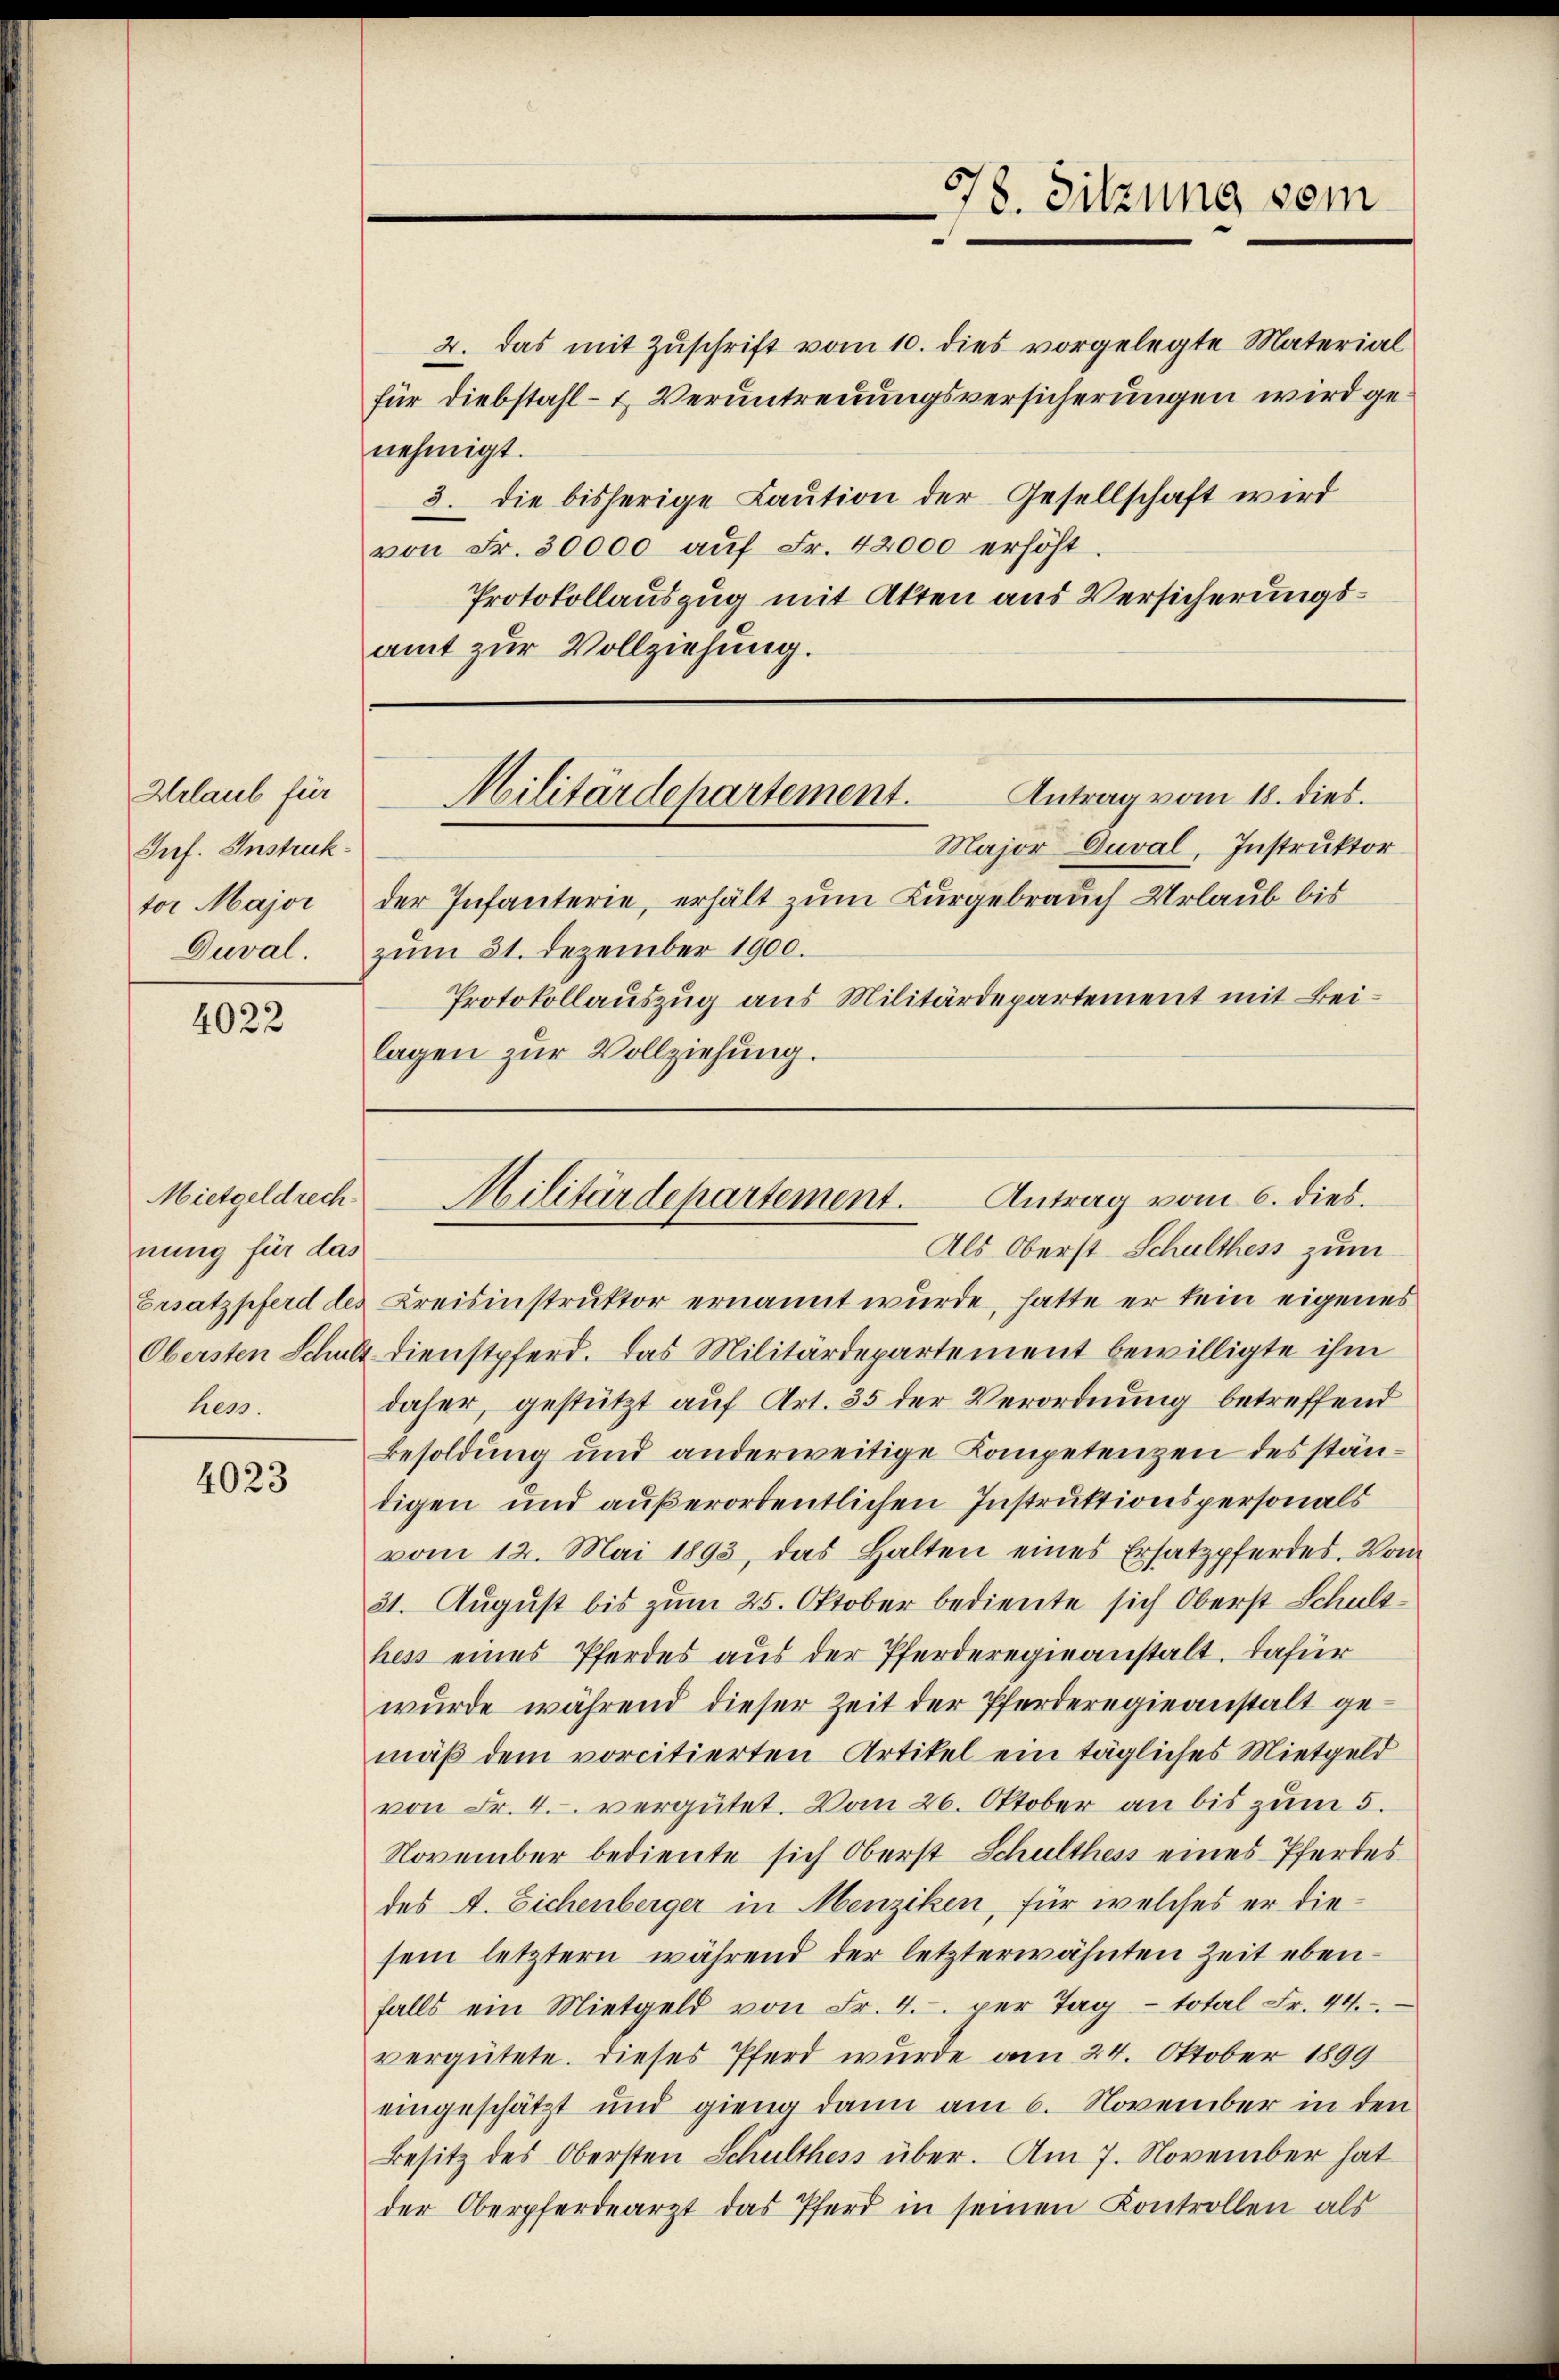
Urlaub für
Inf. Instruktor Major
Duval.

4022

Mietgeldrech
nung für das
hen.

4023

2. das mit Zŭschrift vom 10. dies vorgelegte Material
für diebstahl- & Verantreuungsversicherungen wird genehmigt.
3. die bisherige Laution der Gesellschaft wird
von Fr. 30000 aŭf Fr. 42000 erhöht.
Protokollauszug mit Atten aus Versicherungsamt zur Vollziehung.

Major Cuval, Instruktor
der Infanterie, erhält zum Kurgebrauch Urlaub bis
zum 31. Dezember 1900.
Protokollauszug aus Militärdepartement mit Beilagen zur Vollziehung.

78. Sitzung vom

Militärdepartement.
Antrag vom 18. dies.

Antrag vom 6. dies.
Militärdepartement.
Als Oberst Schulthess zum

Ersatzpferd des Kreisinstruktor ernannt wurde, hatte er kein eigenes
Obersten Schult dienstpferd. Das Militärdepartement bewilligte ihm
daher, gestützt auf Art. 35 der Verordnung betreffend
Besoldung und anderweitige Kompetenzen des ständigen und außerordentlichen Instruktionspersonals
vom 12. Mai 1893, das Halten eines Ersatzpferdes. Vom
31. August bis zum 25. Oktober bediente sich Oberst Schulthess eines Pferdes aus der Pferderegieanstalt. Dafür
wurde während dieser Zeit der Pferderegieanstalt gemäß dem vorcitierten Artikel ein tägliches Mietgeld
von Fr. 4. vergütet. Vom 26. Oktober an bis zum 5.
November bediente sich Oberst Schulthess eines Pferdes
des A. Eichenberger in Menziken, für welches er diesein letztern während der letzterwähnten Zeit eben-
falls ein Mietgeld von Fr. 4. per Tag - total Fr. 44.
vergütete. Dieses Pferd wurde am 24. Oktober 1899
eingeschätzt und gieng dann am 6. November in den
Besitz des Obersten Schulthess über. Am 7. November hat
der Oberpferdearzt das Pferd in seinen Kontrollen als